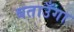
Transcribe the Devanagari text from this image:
बताउँगा